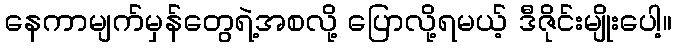
နေကာမျက်မှန်တွေရဲ့အစလို့ ပြောလို့ရမယ့် ဒီဇိုင်းမျိုးပေါ့။